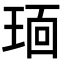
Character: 𬍭